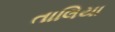
તાલિયા